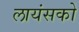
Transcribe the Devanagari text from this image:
लायंसको